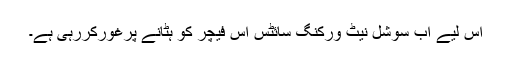
اس لیے اب سوشل نیٹ ورکنگ سائٹس اس فیچر کو ہٹانے پرغورکررہی ہے۔